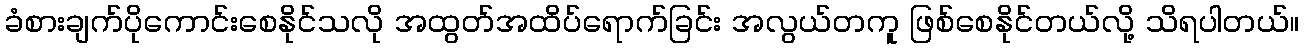
ခံစားချက်ပိုကောင်းစေနိုင်သလို အထွတ်အထိပ်ရောက်ခြင်း အလွယ်တကူ ဖြစ်စေနိုင်တယ်လို့ သိရပါတယ်။